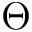
\mit \Theta